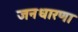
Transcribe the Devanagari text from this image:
जनधारणा